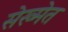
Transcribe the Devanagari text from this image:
सेख्मेत